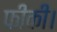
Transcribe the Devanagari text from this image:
फीकी।